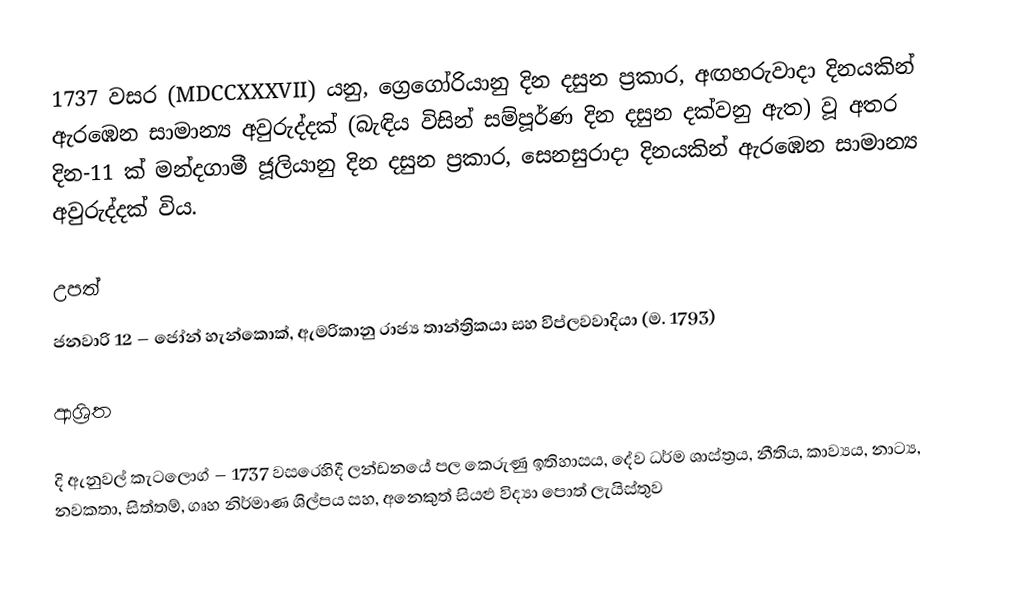

1737  වසර (MDCCXXXVII) යනු,    ග්‍රෙගෝරියානු දින දසුන ප්‍රකාර, අඟහරුවාදා දිනයකින් ඇරඹෙන සාමාන්‍ය අවුරුද්දක් (බැඳිය විසින් සම්පූර්ණ දින දසුන දක්වනු ඇත) වූ අතර දින-11 ක් මන්දගාමී ජූලියානු දින දසුන ප්‍රකාර,  සෙනසුරාදා දිනයකින් ඇරඹෙන සාමාන්‍ය අවුරුද්දක් විය.

උපත්
 ජනවාරි 12 – ජෝන් හැන්කොක්, ඇමරිකානු රාජ්‍ය තාන්ත්‍රිකයා සහ විප්ලවවාදියා (ම. 1793)

ආශ්‍රිත

 දි ඇනුවල් කැටලොග් – 1737 වසරෙහිදී  ලන්ඩනයේ පල කෙරුණු ඉතිහාසය, දේව ධර්ම ශාස්ත්‍රය, නීතිය, කාව්‍යය, නාට්‍ය, නවකතා, සිත්තම්, ගෘහ නිර්මාණ ශිල්පය සහ, අනෙකුත් සියළු විද්‍යා පොත් ලැයිස්තුව